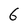
Character: 6